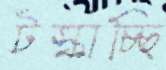
টস্‌কাচ্ছি